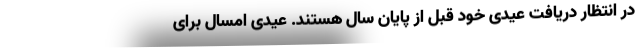
در انتظار دریافت عیدی خود قبل از پایان سال هستند. عیدی امسال برای